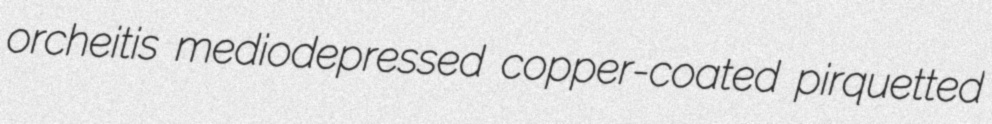
orcheitis mediodepressed copper-coated pirquetted